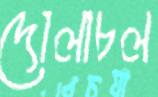
দোলাচল